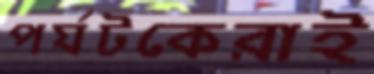
পর্যটকেরাই